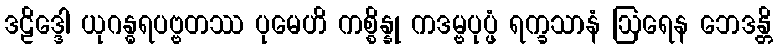
ဒဠိဒ္ဒေါ ယုဂန္ဓရပဗ္ဗတဿ ပုမေဟိ ကစ္စိန္နု ကဒမ္ဗပုပ္ဖံ ရက္ခသာနံ ဩရေန ဘေဒန္တိ